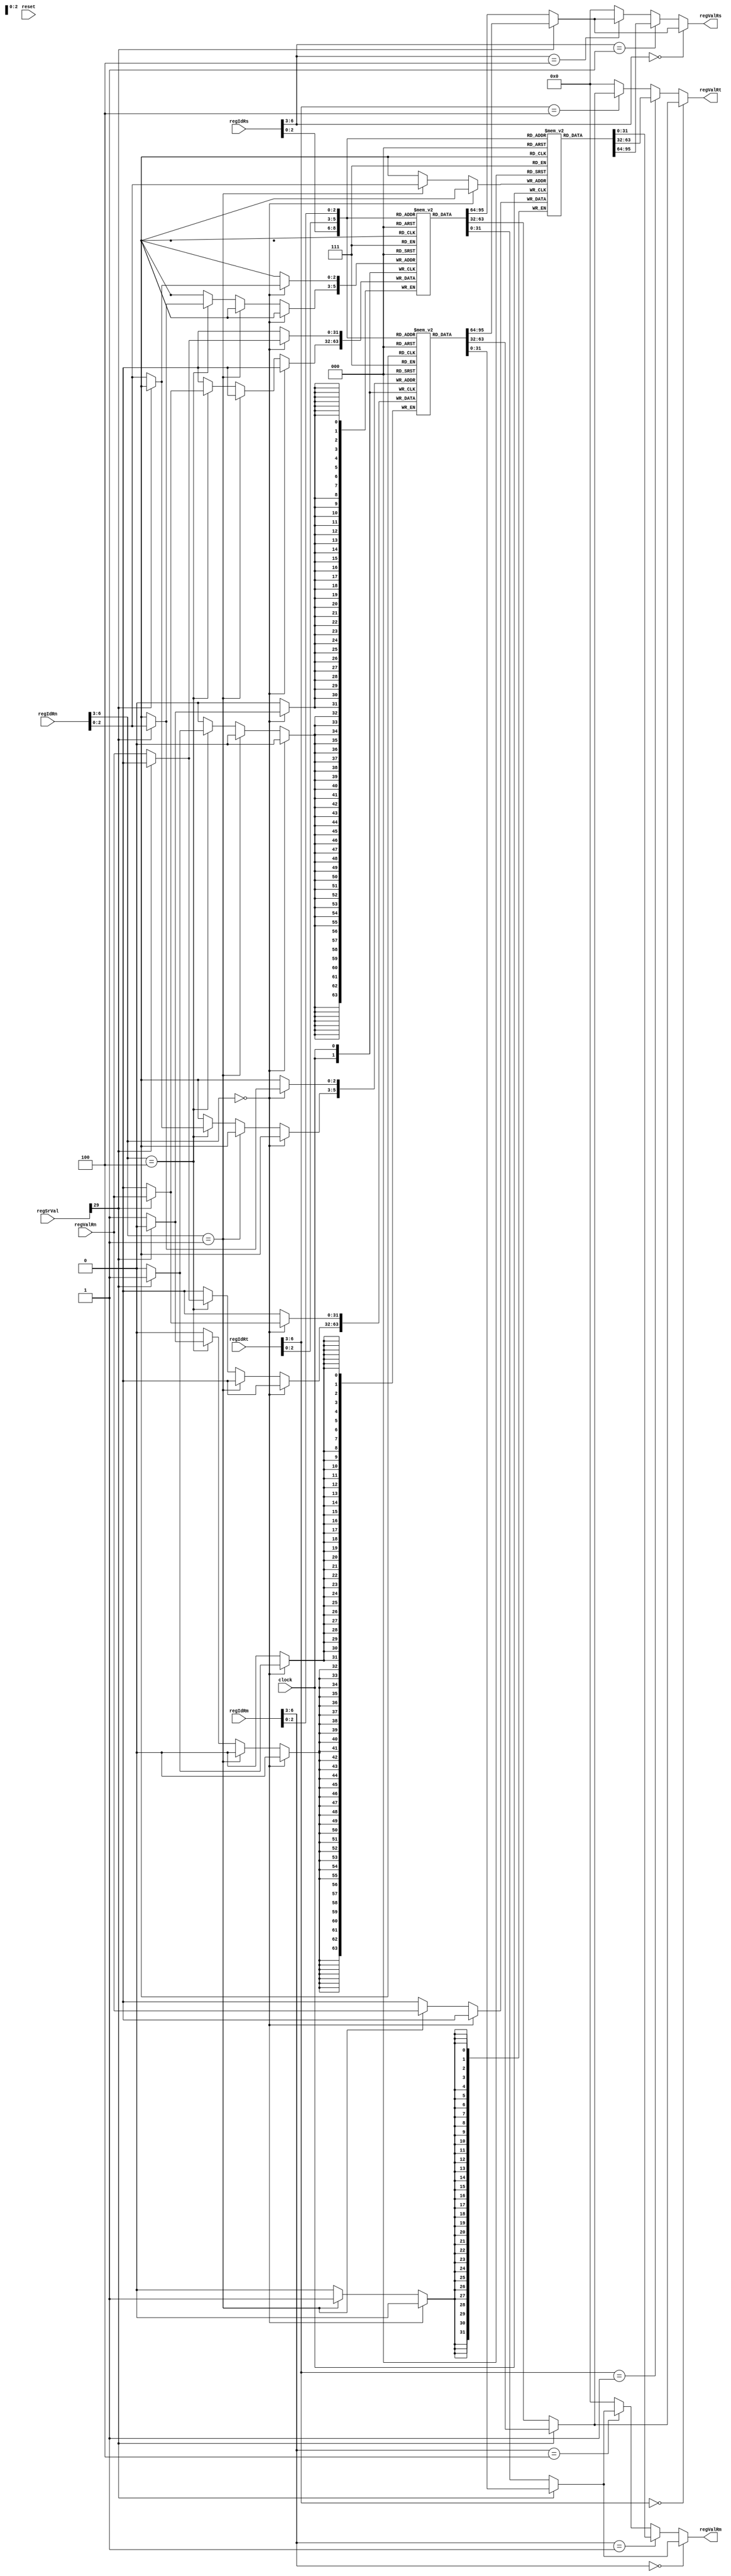
module RegGPR(
	/* verilator lint_off UNUSED */
	clock, reset,
	regIdRs, regValRs,
	regIdRt, regValRt,
	regIdRm, regValRm,
	regIdRn, regValRn,
	regSrVal);

input clock;
input reset;

input[6:0]		regIdRs;
input[6:0]		regIdRt;
input[6:0]		regIdRm;
input[6:0]		regIdRn;

output[31:0]	regValRs;
output[31:0]	regValRt;
output[31:0]	regValRm;
input[31:0]		regValRn;

input[31:0]		regSrVal;

reg			regSrRB;
reg[31:0]	tRegValRs;
reg[31:0]	tRegValRt;
reg[31:0]	tRegValRm;

reg[31:0]	regGprLA[7:0];
reg[31:0]	regGprLB[7:0];
reg[31:0]	regGprH[7:0];

assign regValRs = tRegValRs;
assign regValRt = tRegValRt;
assign regValRm = tRegValRm;

always @ (clock)
begin
	tRegValRs=0;
	tRegValRt=0;
	tRegValRm=0;

	regSrRB=regSrVal[29];

	if(regIdRs[6:3]==4'h0)
	begin
		tRegValRs=regSrRB?
			regGprLB[regIdRs[2:0]]:
			regGprLA[regIdRs[2:0]];
	end
	else if(regIdRs[6:3]==4'h1)
	begin
		tRegValRs=regGprH[regIdRs[2:0]];
	end
	else if(regIdRs[6:3]==4'h4)
	begin
		tRegValRs=regSrRB?
			regGprLB[regIdRs[2:0]]:
			regGprLA[regIdRs[2:0]];
	end

	if(regIdRt[6:3]==4'h0)
	begin
		tRegValRt=regSrRB?
			regGprLB[regIdRt[2:0]]:
			regGprLA[regIdRt[2:0]];
	end
	else if(regIdRt[6:3]==4'h1)
	begin
		tRegValRt=regGprH[regIdRt[2:0]];
	end
	else if(regIdRt[6:3]==4'h4)
	begin
		tRegValRt=regSrRB?
			regGprLB[regIdRt[2:0]]:
			regGprLA[regIdRt[2:0]];
	end

	if(regIdRm[6:3]==4'h0)
	begin
		tRegValRm=regSrRB?
			regGprLB[regIdRm[2:0]]:
			regGprLA[regIdRm[2:0]];
	end
	else if(regIdRm[6:3]==4'h1)
	begin
		tRegValRm=regGprH[regIdRm[2:0]];
	end
	else if(regIdRm[6:3]==4'h4)
	begin
		tRegValRm=regSrRB?
			regGprLB[regIdRm[2:0]]:
			regGprLA[regIdRm[2:0]];
	end
end

always @ (posedge clock)
begin
	if(regIdRn[6:3]==4'h0)
	begin
		if(regSrRB)
			regGprLB[regIdRn[2:0]] <= regValRn;
		else
			regGprLA[regIdRn[2:0]] <= regValRn;
	end
	else if(regIdRn[6:3]==4'h1)
	begin
		regGprH[regIdRn[2:0]] <= regValRn;
	end
	else if(regIdRn[6:3]==4'h4)
	begin
		if(regSrRB)
			regGprLA[regIdRn[2:0]] <= regValRn;
		else
			regGprLB[regIdRn[2:0]] <= regValRn;
	end
end

endmodule